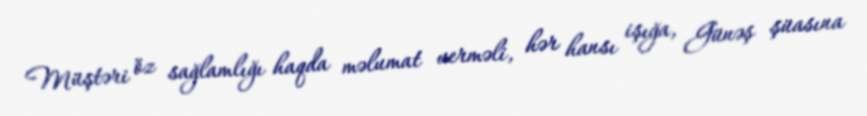
Müştəri öz sağlamlığı haqda məlumat verməli, hər hansı işığa, Günəş şüasına